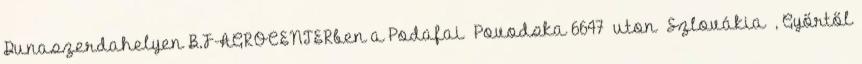
Dunaszerdahelyen B.F-AGROCENTERben a Podafai Povodska 6647 uton Szlovákia , Győrtől